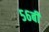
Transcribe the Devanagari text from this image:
५६बी